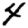
Digit: 4